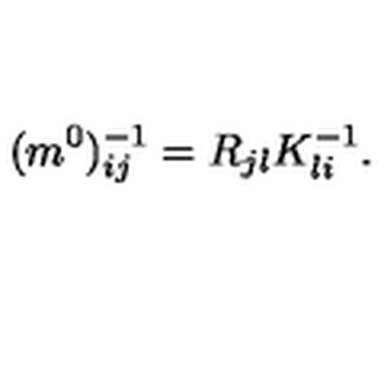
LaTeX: ( m ^ { 0 } ) _ { i j } ^ { - 1 } = R _ { j l } K _ { l i } ^ { - 1 } .